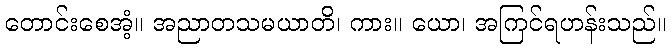
တောင်းစေအံ့။ အညာတသမယာတိ၊ ကား။ ယော၊ အကြင်ရဟန်းသည်။